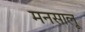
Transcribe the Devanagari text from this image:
मनसालू